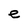
Character: e